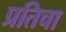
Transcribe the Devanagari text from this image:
प्रतिचा